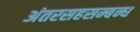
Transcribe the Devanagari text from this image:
अंतरसहसम्बन्ध